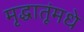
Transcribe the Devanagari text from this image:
मृद्धातूंमधे